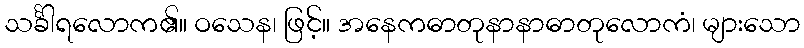
သင်္ခါရလောက၏။ ဝသေန၊ ဖြင့်။ အနေကဓာတုနာနာဓာတုလောကံ၊ များသော